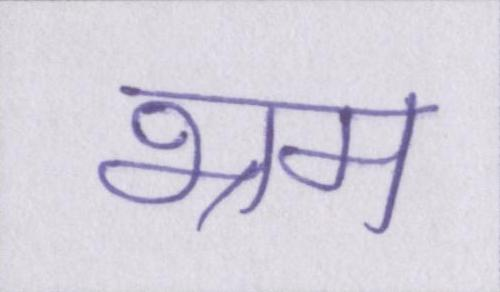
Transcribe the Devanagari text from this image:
भ्रम